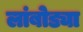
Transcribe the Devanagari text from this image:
लांबोड्या